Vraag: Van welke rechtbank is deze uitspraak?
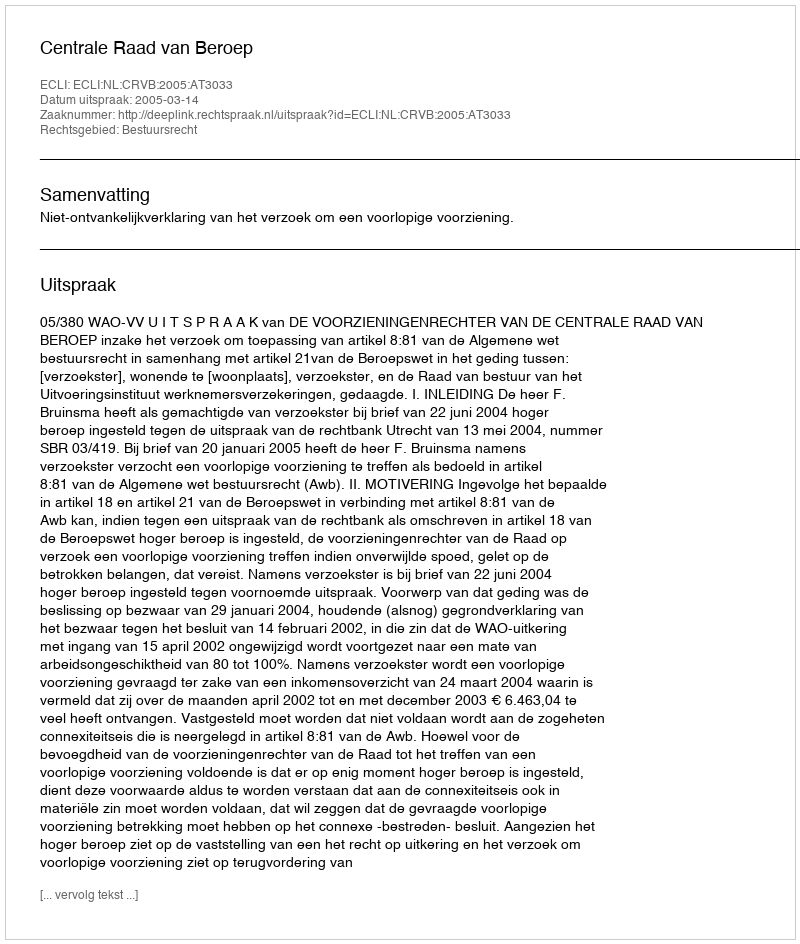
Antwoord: Centrale Raad van Beroep